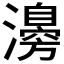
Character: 𤁻